Indian journal of veterinary science and animal husbandry - Volume 8,
Year: 1938
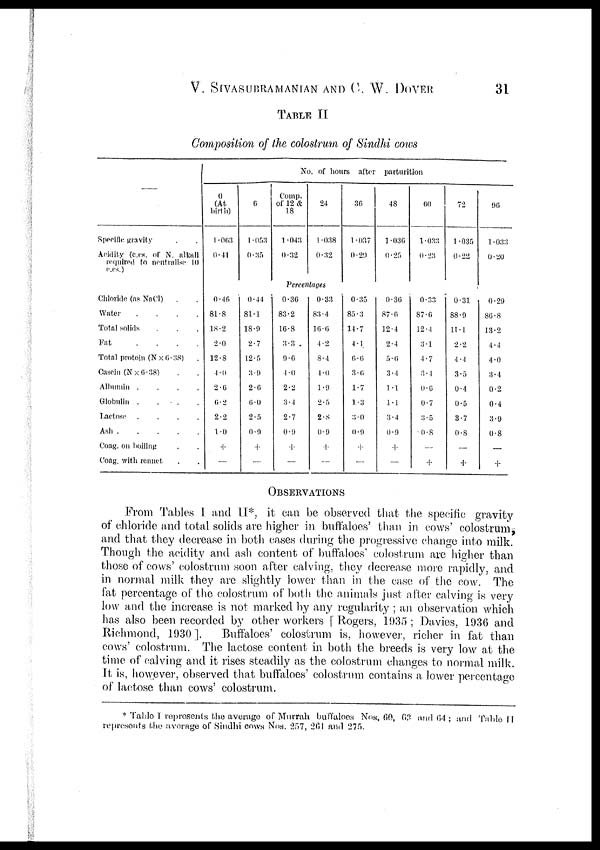
V. SIVASUBRAMANIAN AND C. W.
DOVER
31
TABLE II
Composition of the colostrum of Sindhi cows
—
Specific, gravity . .
Acidity (c.cs. of N. alkali
required to neutralise 10
c.cs.)
Chloride (as NaCl) . .
Water
.
.
.
.
Total solids . . .
Fat
.
.
.
.
Total protein (N × 6.38) .
Casein (N× 6.38) . .
Albumin .
.
.
.
Globulin .
.
.
.
Lactose .
.
.
.
Ash . . . . .
Coag. on boiling . .
Coag. with rennet . .
No. of hours after parturition
0
(At
birth)
1.063
0.41
0.46
81.8
18.2
2.0
12.8
4.0
2.6
6.2
2.2
1.0
+
—
6
1.053
0.35
0.44
81.1
18.9
2.7
12.5
3.9
2.6
6.0
2.5
0.9
+
—
Comp.
of 12 &
18
1.043
0.32
24
1.038
0.32
Percentages
0.36
83.2
16.8
3.3
9.6
4.0
2.2
3.4
2.7
0.9
+
—
0.33
83.4
16. 6
4.2
8.4
4.0
1.9
2.5
2.8
0.9
+
—
36
1.037
0.29
0.35
85.3
14.7
4.1
6.6
3.6
1.7
1.3
3.0
0.9
+
—
48
1.036
0.25
0.36
87.6
12.4
2.4
5.6
3.4
1.1
1.1
3.4
0.9
+
—
60
1.033
0.23
0.33
87.6
12.4
3.1
4.7
3.4
0.6
0.7
3.5
0.8
—
+
72
1.035
0.22
0.31
88.9
11.1
2.2
4.4
3.5
0.4
0.5
3.7
0.8
—
+
96
1 .033
0.20
0.29
86.8
13.2
4.4
4.0
3.4
0.2
0.4
3.9
0.8
—
+
OBSERVATIONS
From Tables I and II*, it can be observed that the specific gravity
of chloride and total solids are higher in buffaloes' than in cows' colostrum,
and that they decrease in both cases during the progressive change into milk.
Though the acidity and ash content of buffaloes' colostrum are higher than
those of cows' colostrum soon after calving, they decrease more rapidly, and
in normal milk they are slightly lower than in the case of the cow. The
fat percentage of the colostrum of both the animals just after calving is very
low and the increase is not marked by any regularity ; an observation which
has also been recorded by other workers [Rogers, 1935 ; Davies, 1936 and
Richmond, 1930 ].
Buffaloes' colostrum is, however, richer in fat than
cows' colostrum. The lactose content in both the breeds is very low at the
time of calving and it rises steadily as the colostrum changes to normal milk.
It is, however, observed that buffaloes' colostrum contains a lower percentage
of lactose than cows' colostrum.
* Table I represents the average of Murrah buffaloes Nos. 60, 63 and 64 ; and Table II
represents the average of Sindhi cows Nos. 257, 261 and 275.